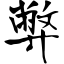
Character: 弊